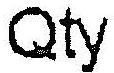
QTY